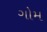
ગોમ